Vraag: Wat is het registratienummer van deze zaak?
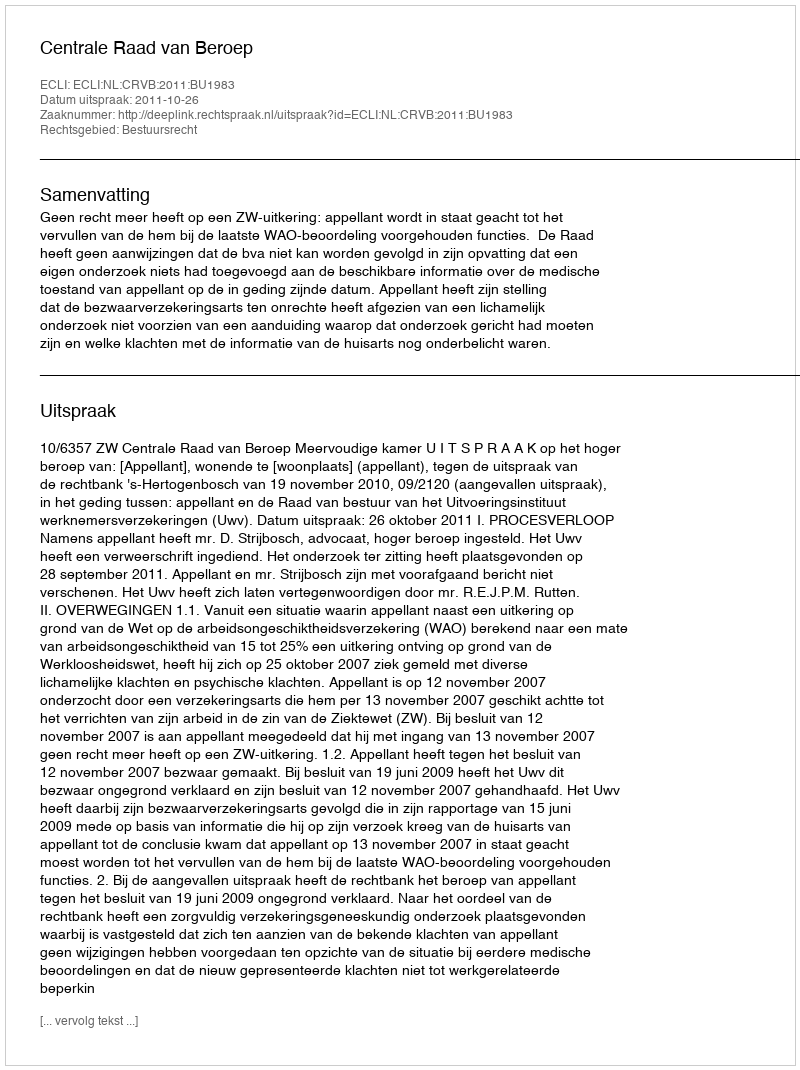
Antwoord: http://deeplink.rechtspraak.nl/uitspraak?id=ECLI:NL:CRVB:2011:BU1983